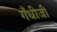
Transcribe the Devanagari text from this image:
गँधीजी